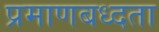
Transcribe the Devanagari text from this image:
प्रमाणबध्दता